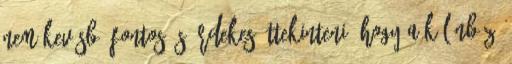
nem kevésbé fontos és érdekes áttekinteni, hogy a különböző